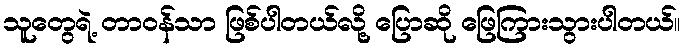
သူတွေရဲ့ တာဝန်သာ ဖြစ်ပါတယ်လို့ ပြောဆို ဖြေကြားသွားပါတယ်။